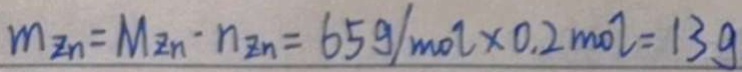
m _ { z n } = M z \cdot n _ { z n } = 6 5 g / m o l \times 0 . 2 m o l = 1 3 g